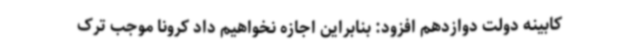
کابینه دولت دوازدهم افزود: بنابراین اجازه نخواهیم داد کرونا موجب ترک